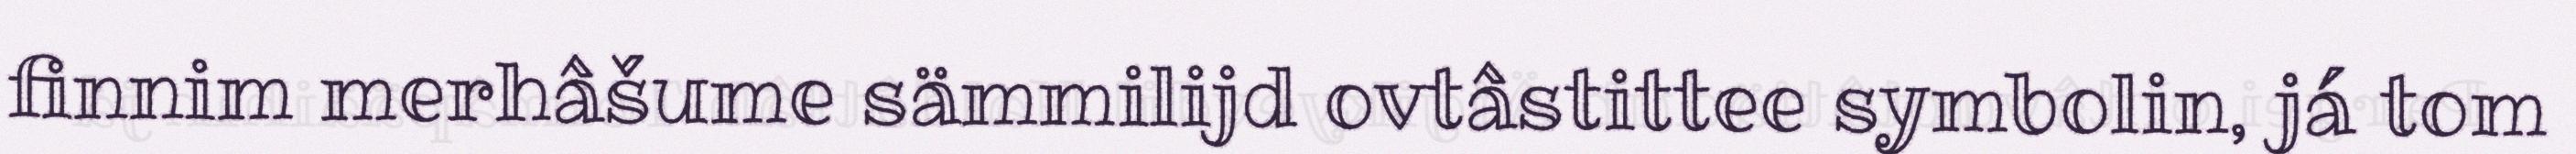
finnim merhâšume sämmilijd ovtâstittee symbolin, já tom